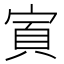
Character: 𫳜